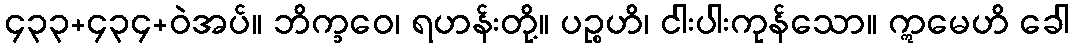
၄၃၃+၄၃၄+ဝဲအပ်။ ဘိက္ခဝေ၊ ရဟန်းတို့။ ပဉ္စဟိ၊ ငါးပါးကုန်သော။ ဣမေဟိ ခေါ